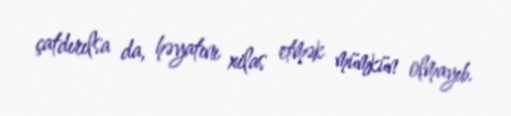
çatdırılsa da, həyatını xilas etmək mümkün olmayıb.